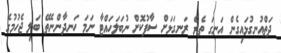
ދަތްއުނގުޅައިގެން އަނގަ ތެރެ ރަނގަޅަށް ސާފުކޮށް ނުބަލަހައްޓާ ނަމަ ހަނދާންނެތޭ ބަލި ޖެހުމުގެ